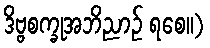
ဒိဗ္ဗစက္ခုအဘိညာဉ် ရစေ။)